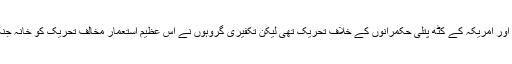
انہوں نے کہا: "اسلامی بیداری کی تحریک امریکہ، آمریت اور امریکہ کے کٹھ پتلی حکمرانوں کے خلاف تحریک تھی لیکن تکفیری گروہوں نے اس عظیم استعمار مخالف تحریک کو خانہ جنگی اور مسلمانوں کے درمیان برادر کشی میں تبدیل کر دیا۔